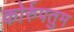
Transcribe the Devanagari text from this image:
कोर्रुपतुम